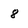
Character: 8